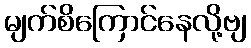
မျက်စိကြောင်နေလို့ဗျ